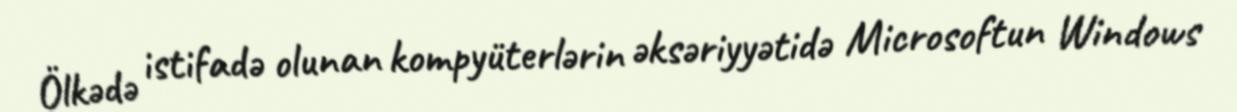
Ölkədə istifadə olunan kompyüterlərin əksəriyyətidə Microsoftun Windows